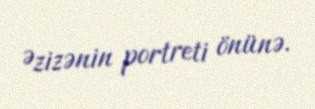
Əzizənin portreti önünə.